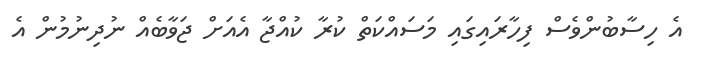
އެ ހިސާބުންވެސް ފިހާރައިގައި މަސައްކަތް ކުރާ ކުއްޖާ އެއަށް ޖަވާބެއް ނުދިނުމުން އެ